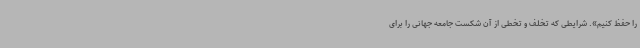
را حفظ کنیم». شرایطی که تخلف و تخطی از آن شکست جامعه جهانی را برای